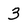
Character: 3